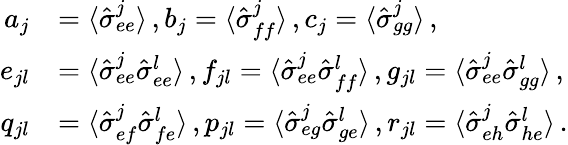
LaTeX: \begin{array}{rl}{a_{j}}&{=\mathinner{\langle{\hat{\sigma}_{ee}^{j}}\rangle},b_{j}=\mathinner{\langle{\hat{\sigma}_{ff}^{j}}\rangle},c_{j}=\mathinner{\langle{\hat{\sigma}_{gg}^{j}}\rangle},}\\ {e_{jl}}&{=\mathinner{\langle{\hat{\sigma}_{ee}^{j}\hat{\sigma}_{ee}^{l}}\rangle},f_{jl}=\mathinner{\langle{\hat{\sigma}_{ee}^{j}\hat{\sigma}_{ff}^{l}}\rangle},g_{jl}=\mathinner{\langle{\hat{\sigma}_{ee}^{j}\hat{\sigma}_{gg}^{l}}\rangle},}\\ {q_{jl}}&{=\mathinner{\langle{\hat{\sigma}_{ef}^{j}\hat{\sigma}_{fe}^{l}}\rangle},p_{jl}=\mathinner{\langle{\hat{\sigma}_{eg}^{j}\hat{\sigma}_{ge}^{l}}\rangle},r_{jl}=\mathinner{\langle{\hat{\sigma}_{eh}^{j}\hat{\sigma}_{he}^{l}}\rangle}.}\end{array}